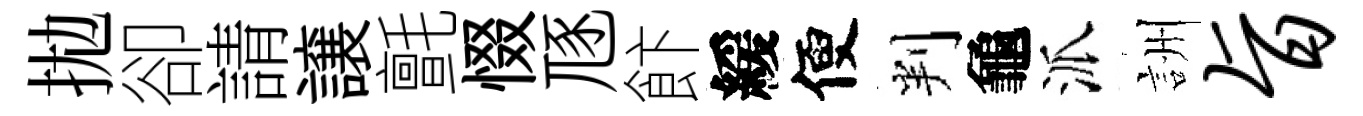
拋卻請譲氈惙豗飰緩便判龜派詶旨